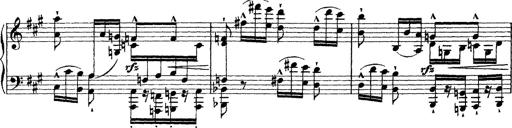
Title: Grande fantasie di bravura sur La clochette
Composer: Franz Liszt
Key: A minor